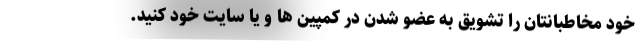
خود مخاطبانتان را تشویق به عضو شدن در کمپین ها و یا سایت خود کنید.